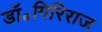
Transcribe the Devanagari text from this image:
डॉ॰गिरिराज